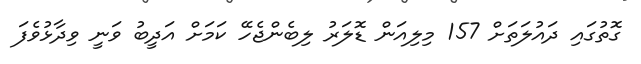
ގޮތުގައި ދައުލަތަށް 157 މިލިއަން ޑޮލަރު ލިބެންޖެހޭ ކަމަށް އަދީބު ވަނީ ވިދާޅުވެފަ